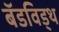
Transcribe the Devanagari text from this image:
बॅडविड्थ